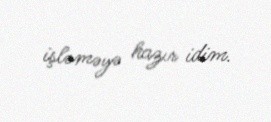
işləməyə hazır idim.